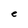
Character: e